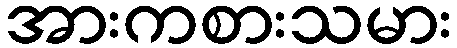
အားကစားသမား